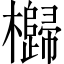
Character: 𣠗